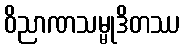
ဝိညာဏသမ္မုဒိတဿ